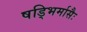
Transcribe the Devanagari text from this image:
षड्भिर्मासैः